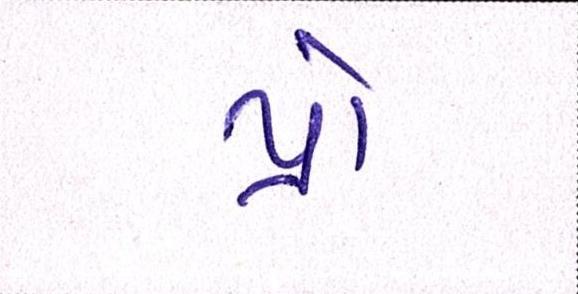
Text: પ્રો